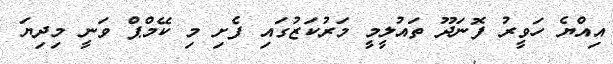
އިއްޔެ ހަވީރު ފޮނަދޫ ތައުލީމީ މަރުކަޒުގައި ފެށި މި ކޭމްޕް ވަނީ މިދިޔަ